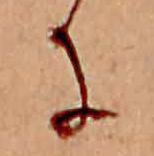
に